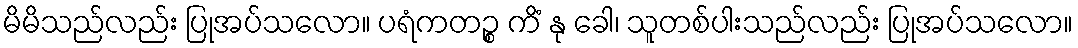
မိမိသည်လည်း ပြုအပ်သလော။ ပရံကတဉ္စ ကိံ နု ခေါ၊ သူတစ်ပါးသည်လည်း ပြုအပ်သလော။